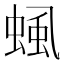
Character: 𧌡